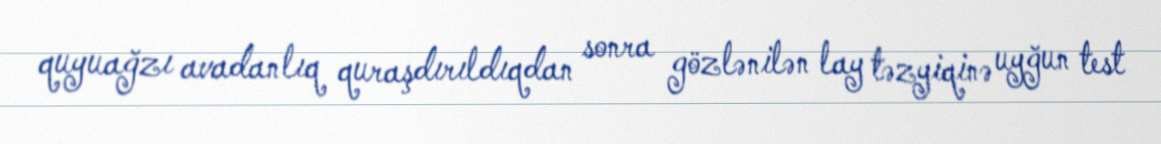
quyuağzı avadanlıq quraşdırıldıqdan sonra gözlənilən lay təzyiqinə uyğun test